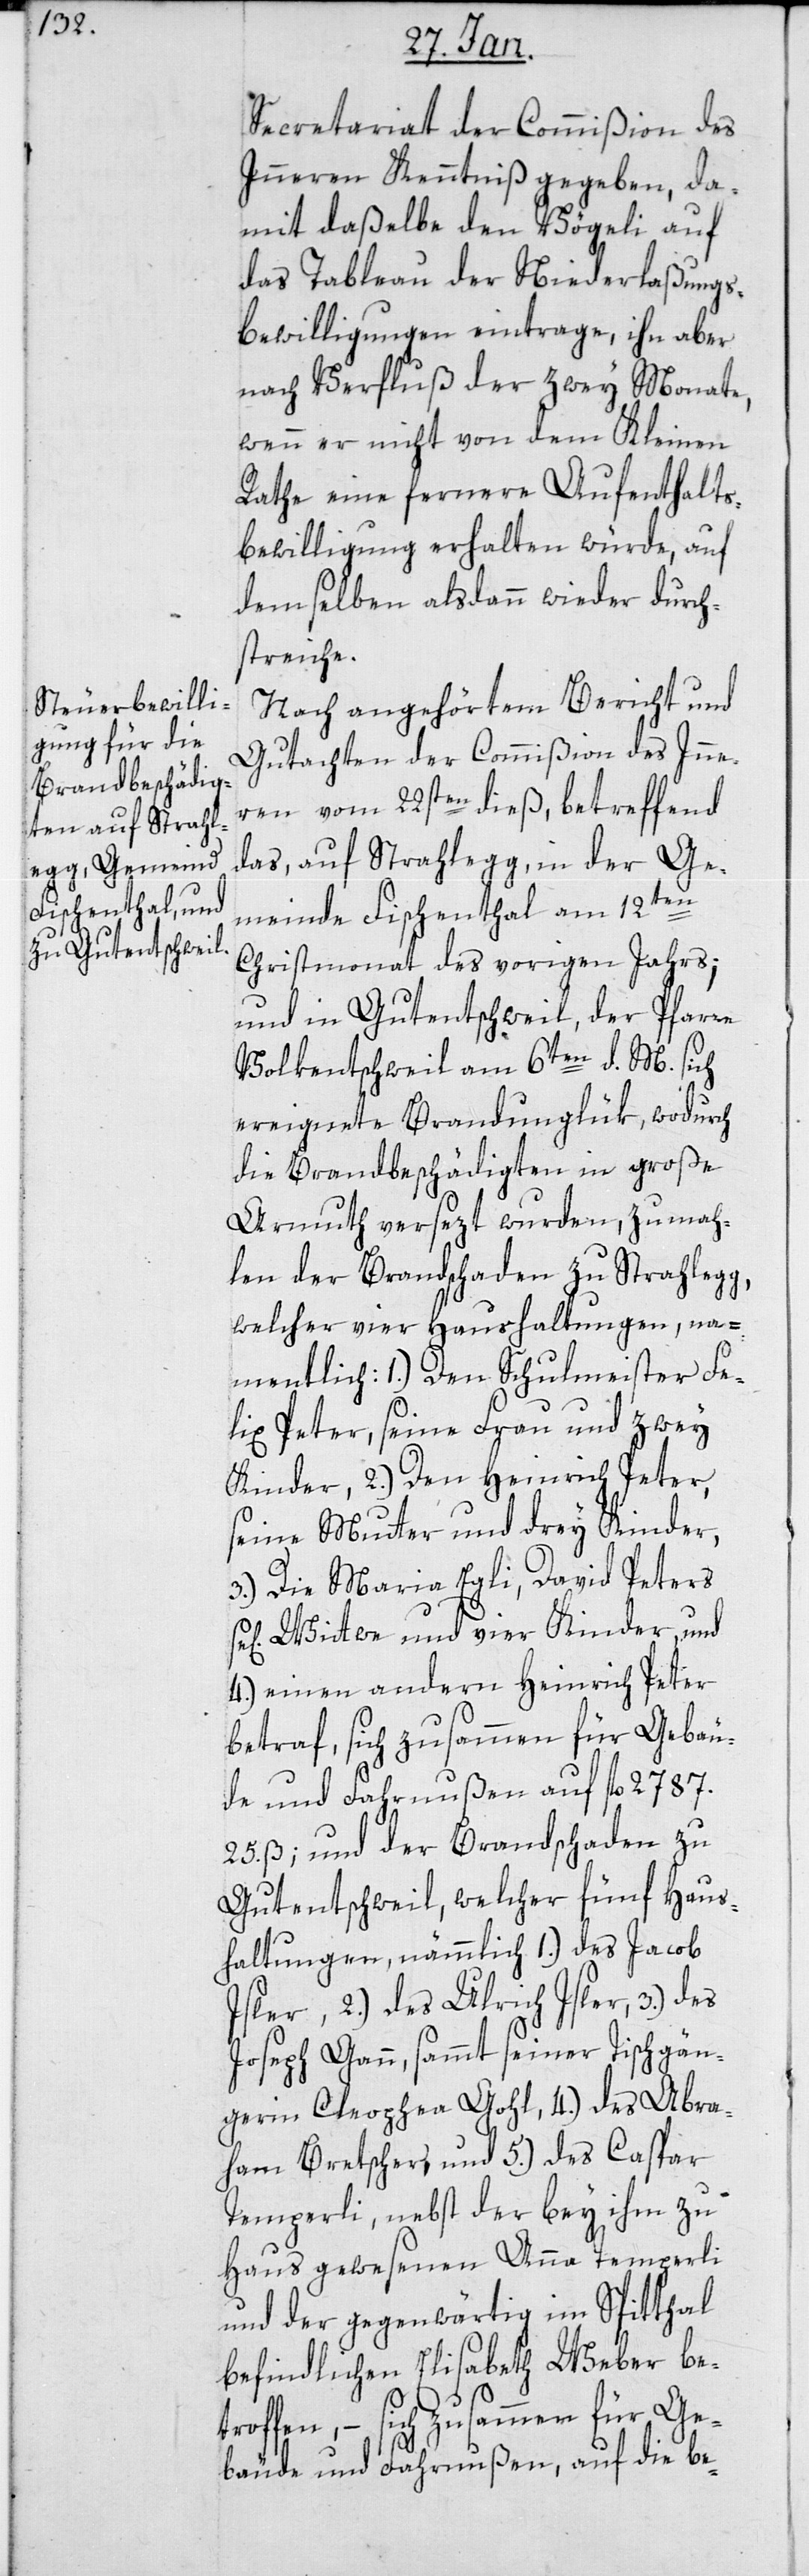
Secretariat der Commißion des
Innern Kenntniß gegeben, da¬
mit daßelbe den Vögeli auf
das Tableau der Niederlaßungs-B¬
ewilligungen eintrage, ihn aber
nach Verfluß der zwey Monate,
wenn er nicht von dem Kleinen
Rathe eine fernere Aufenthalt¬
s-Bewilligung erhalten würde, auf
demselben alsdann wieder durch¬
streiche.
Nach angehörtem Bericht und
Gutachten der Commißion des Inne¬
rn vom 22sten dieß, betreffend
das, auf Strahlegg in der Ge¬
meinde Fischenthal am 12ten
Christmonat des vorigen Jahres;
und in Gutentschweil, der Pfarre
Volkentschweil, am 6ten d. M. sich
ereignete Brandunglük, wodurch
die Brandbeschädigten in große
Armut versetzt wurden, zumah¬
len der Brandschaden zu Strahlegg,
welcher vier Haushaltungen, na¬
mentlich: 1.) Den Schulmeister Fe¬
lix Peter, seine Frau und zwey
Kinder, 2.) Den Heinrich Peter,
seine Mutter und drey Kinder,
3.) Die Maria Egli, David Peters
sel. Wittwe und vier Kinder, und
4.) einen andern Heinrich Peter
betraf, sich zusammen für Gebäu¬
de und Fahrnußen auf fl. 2787.
25. ß; und der Brandschaden zu
Gutentschweil, welcher fünf Haus¬
haltungen, nämlich: 1.) des Jacob
Isler, 2.) des Ulrich Isler, 3.) des
Joseph Gann sammt seiner Tischgän¬
gerin Cleophea Gohl, 4.) des Abra¬
ham Bretscher, und 5.) des Caspar
Temperli, nebst der bey ihm zu
Haus gewesenen Anna Temperli
und der gegenwärtig im Spitthal
befindlichen Elisabetha Weber be¬
troffen, – sich zusammen für Ge¬
bäude und Fahrnußen, auf die be-